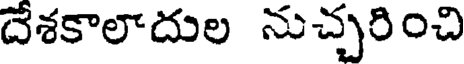
దేశకాలాదుల నుచ్చరించి